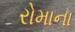
રોમાના